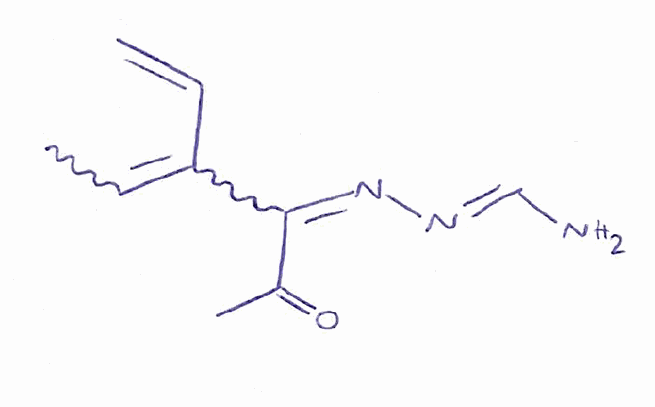
Simplified molecular-input line-entry system (SMILES) notation of the given molecule:
CC=C(C=C)C(=N/N=C/N)C(=O)C